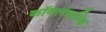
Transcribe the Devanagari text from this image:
कॉवलेफस्कि